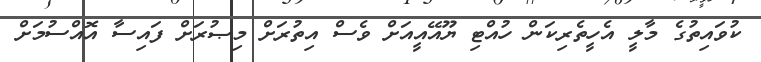
ކުވައިތުގެ މާލީ އެހީތެރިކަން ހުއްޓި ޔޫއޭއީއަށް ވެސް އިތުރަށް މިޞުރަށް ފައިސާ އޮއްސުމަށް